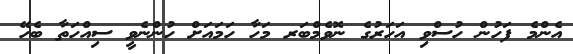
އެންމެ ފަހުން ހުސްވި އަހަރުގެ ނޮވެމްބަރ މަހާ ހަމައަށް ހުންނެވީ ސިއްހަތާ ބެހޭ